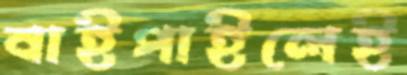
বাইপাইলেই